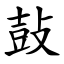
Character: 鼔